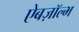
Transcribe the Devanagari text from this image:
ऐबज़ॉल्भ